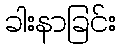
ခါးနာခြင်း